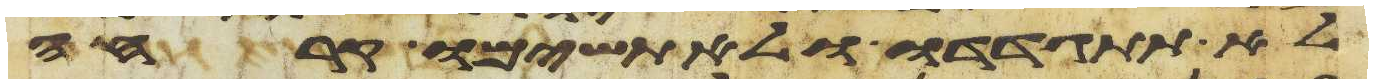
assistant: לא תתגדדו ולא תשימו קרחה